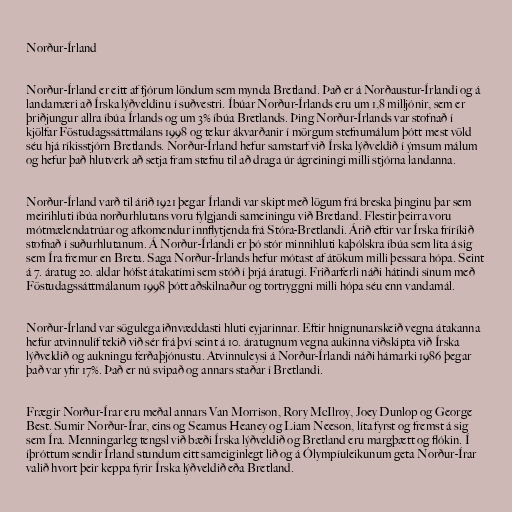
Norður-Írland

Norður-Írland er eitt af fjórum löndum sem mynda Bretland. Það er á Norðaustur-Írlandi og á
landamæri að Írska lýðveldinu í suðvestri. Íbúar Norður-Írlands eru um 1,8 milljónir, sem er
þriðjungur allra íbúa Írlands og um 3% íbúa Bretlands. Þing Norður-Írlands var stofnað í
kjölfar Föstudagssáttmálans 1998 og tekur ákvarðanir í mörgum stefnumálum þótt mest völd
séu hjá ríkisstjórn Bretlands. Norður-Írland hefur samstarf við Írska lýðveldið í ýmsum málum
og hefur það hlutverk að setja fram stefnu til að draga úr ágreiningi milli stjórna landanna.

Norður-Írland varð til árið 1921 þegar Írlandi var skipt með lögum frá breska þinginu þar sem
meirihluti íbúa norðurhlutans voru fylgjandi sameiningu við Bretland. Flestir þeirra voru
mótmælendatrúar og afkomendur innflytjenda frá Stóra-Bretlandi. Árið eftir var Írska fríríkið
stofnað í suðurhlutanum. Á Norður-Írlandi er þó stór minnihluti kaþólskra íbúa sem líta á sig
sem Íra fremur en Breta. Saga Norður-Írlands hefur mótast af átökum milli þessara hópa. Seint
á 7. áratug 20. aldar hófst átakatími sem stóð í þrjá áratugi. Friðarferli náði hátindi sínum með
Föstudagssáttmálanum 1998 þótt aðskilnaður og tortryggni milli hópa séu enn vandamál.

Norður-Írland var sögulega iðnvæddasti hluti eyjarinnar. Eftir hnignunarskeið vegna átakanna
hefur atvinnulíf tekið við sér frá því seint á 10. áratugnum vegna aukinna viðskipta við Írska
lýðveldið og aukningu ferðaþjónustu. Atvinnuleysi á Norður-Írlandi náði hámarki 1986 þegar
það var yfir 17%. Það er nú svipað og annars staðar í Bretlandi.

Frægir Norður-Írar eru meðal annars Van Morrison, Rory McIlroy, Joey Dunlop og George
Best. Sumir Norður-Írar, eins og Seamus Heaney og Liam Neeson, líta fyrst og fremst á sig
sem Íra. Menningarleg tengsl við bæði Írska lýðveldið og Bretland eru margþætt og flókin. Í
íþróttum sendir Írland stundum eitt sameiginlegt lið og á Ólympíuleikunum geta Norður-Írar
valið hvort þeir keppa fyrir Írska lýðveldið eða Bretland.